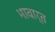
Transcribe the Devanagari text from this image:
भावार्त